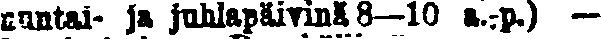
nuntai ja juhlapäivinä 8—10 a.-p.) —